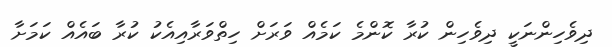
ދިވެހިންނަކީ ދިވެހިން ކުރާ ކޮންމެ ކަމެއް ވަރަށް ހިތްވަރާއިއެކު ކުރާ ބައެއް ކަމަށާ